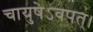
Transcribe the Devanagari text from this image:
चायुषेऽवपत्।